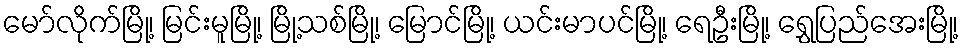
မော်လိုက်မြို့၊ မြင်းမူမြို့၊ မြို့သစ်မြို့၊ မြောင်မြို့၊ ယင်းမာပင်မြို့၊ ရေဦးမြို့၊ ရွှေပြည်အေးမြို့၊